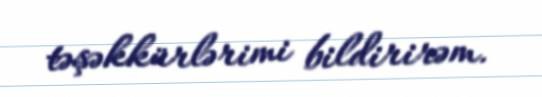
təşəkkürlərimi bildirirəm.